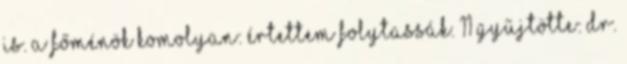
is. A főménök komolyan: értettem folytassák. 11 Gyűjtötte: Dr.